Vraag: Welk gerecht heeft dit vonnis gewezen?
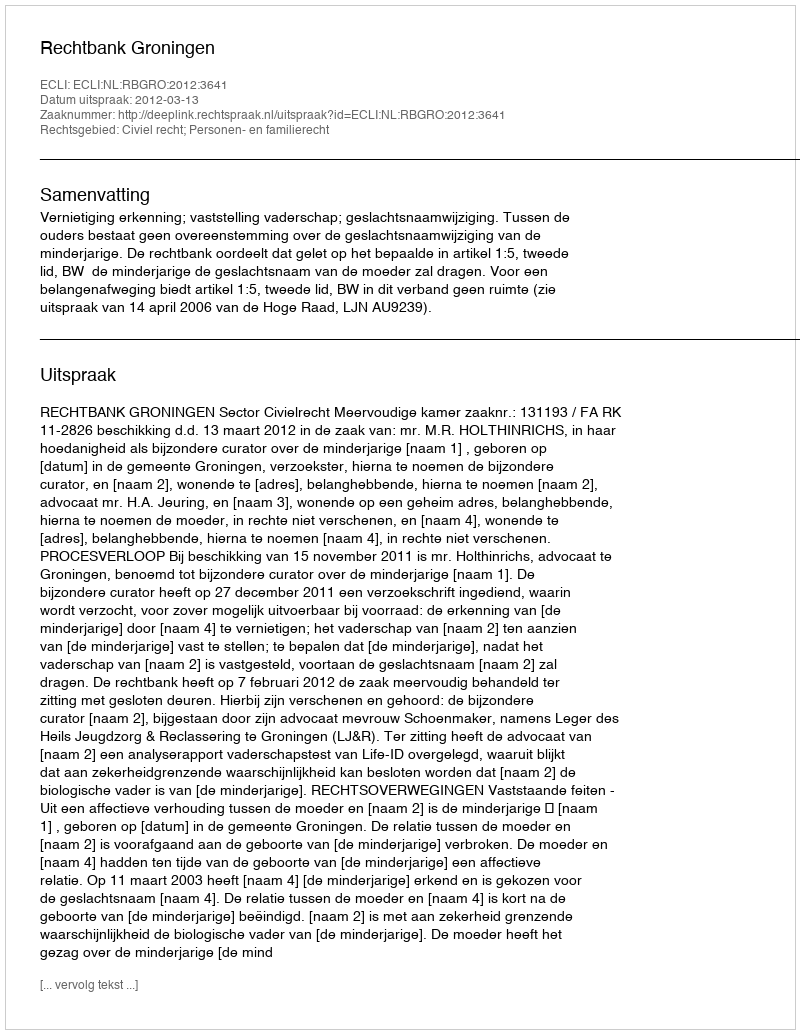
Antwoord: Rechtbank Groningen